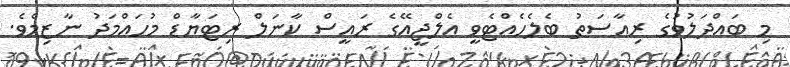
މި ބައްދަލުވުގެ ރިއާސަތު ބެލެހެއްޓެވީ އެލްޖީއޭގެ ރައީސް ކާނަލް ރިޓަޔާޑް މުހައްމަދު ނާޒިމެވެ.